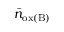
\bar { n } _ { \mathrm { o x ( B ) } }